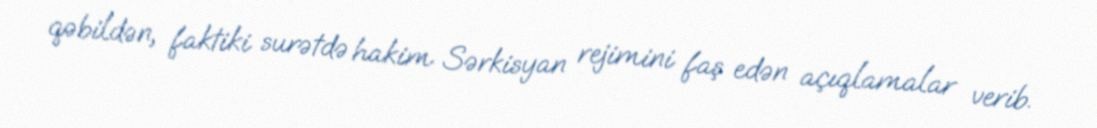
qəbildən, faktiki surətdə hakim Sərkisyan rejimini faş edən açıqlamalar verib.